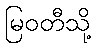
မြဝတီသို့